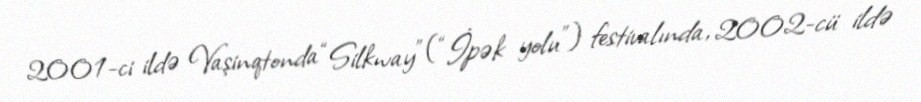
2001-ci ildə Vaşinqtonda “Silkway” (“İpək yolu”) festivalında, 2002-cü ildə